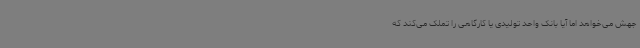
جهش می‌خواهد اما آیا بانک واحد تولیدی یا کارگاهی را تملک می‌کند که